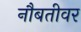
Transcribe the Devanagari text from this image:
नौबतीवर